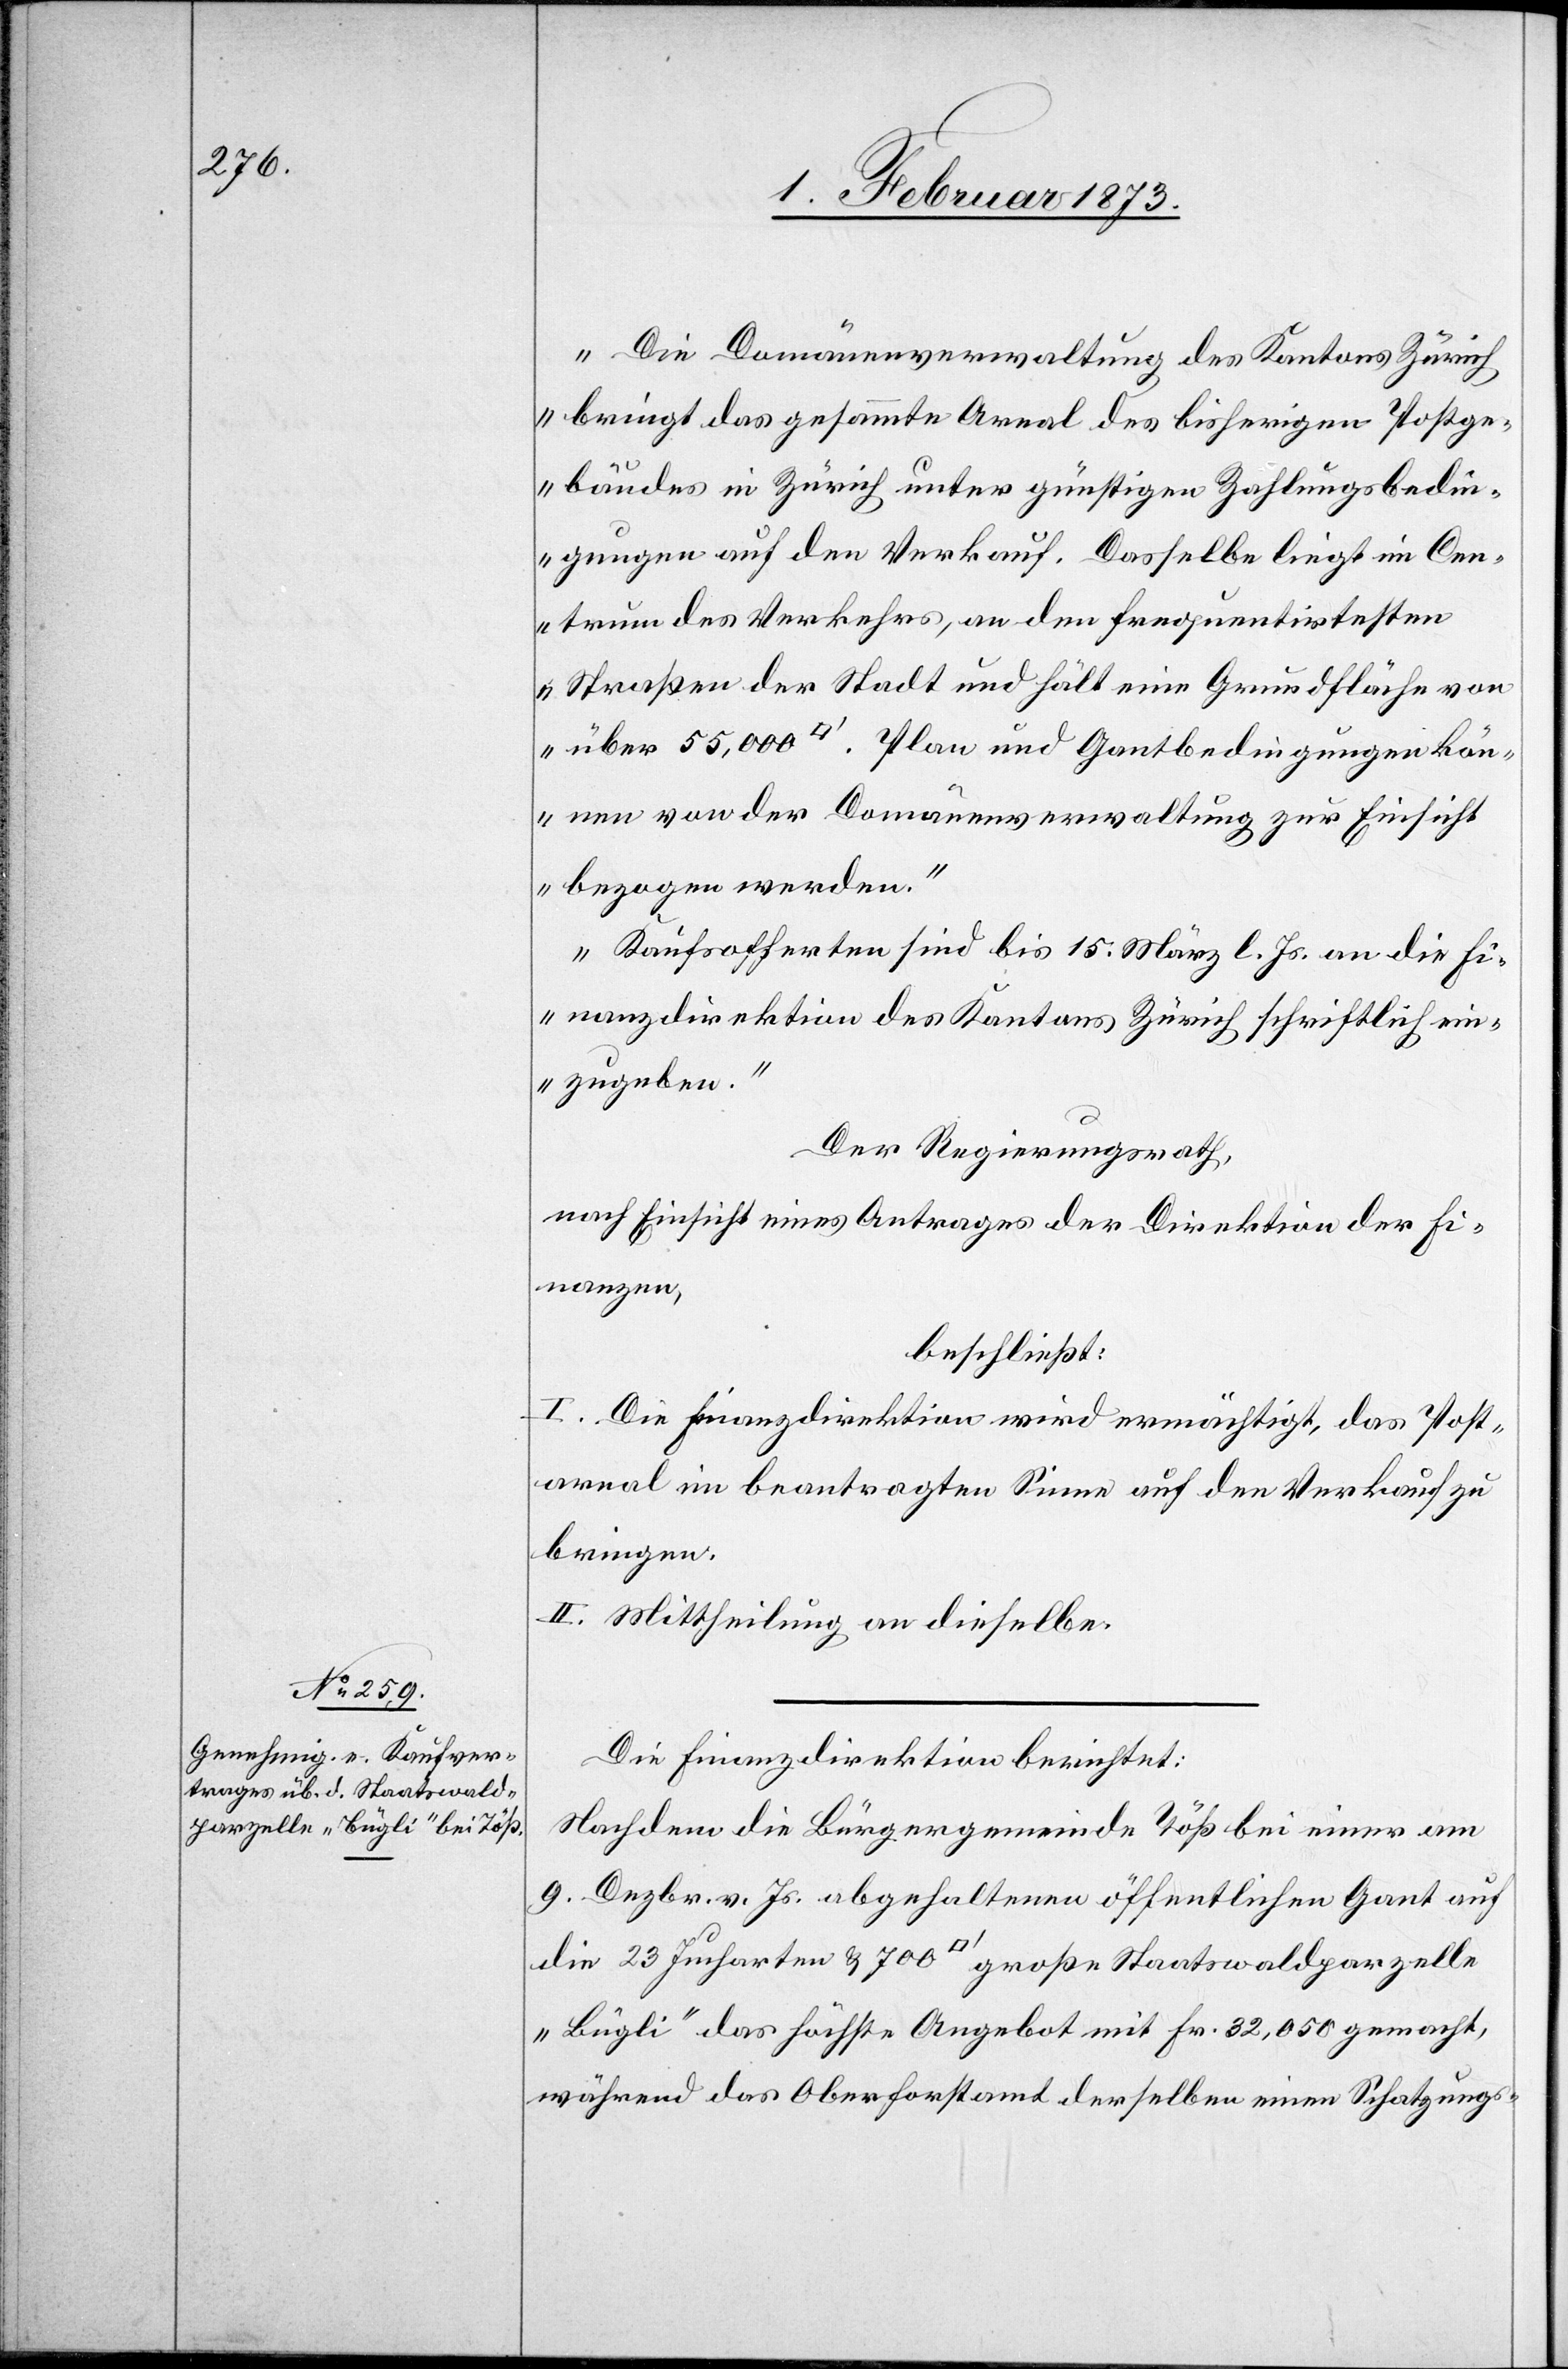
„Die Domänenverwaltung des Kantons Zürich
bringt das gesammte Areal des bisherigen Postge¬
bäudes in Zürich unter günstigen Zahlungsbedin¬
gungen auf den Verkauf. Dasselbe liegt im Cen¬
trum des Verkaufes, an den frequentirtesten
Straßen der Stadt und hält eine Grundfläche von
über 55,000 [Quadratfuss]. Plan und Gantbedingungen kön¬
nen von der Domänenverwaltung zur Einsicht
bezogen werden.
Kaufsofferten sind bis 15. März l. Js. an die Fi¬
nanzdirektion des Kantons Zürich schriftliche ein¬
zugeben.“
Der Regierungsrath,
nach Einsicht eines Antrages der Direktion der Fi¬
nanzen,
beschließt:
I. Die Finanzdirektion wird ermächtigt, das Post¬
areal im beantragten Sinne auf den Verkauf zu
bringen.
II. Mittheilung an dieselbe.
Die Finanzdirektion berichtet:
Nachdem die Bürgergemeinde Töß bei einer am
9. Dezbr. v. Js. abgehaltenen öffentlichen Gant auf
die 23 Jucharten u. 700 [Quadratfuss] große Staatswaldparzelle
„Bügli“ das höchste Angebot mit Fr. 21,050 gemacht,
während das Oberforstamt derselben einen Schatzungs-